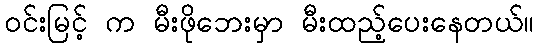
ဝင်းမြင့် က မီးဖိုဘေးမှာ မီးထည့်ပေးနေတယ်။